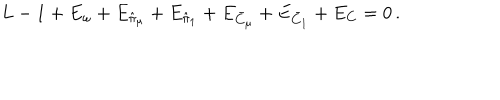
LaTeX: L - 1 + E _ { \omega } + E _ { \hat { \pi } _ { \mu } } + E _ { \hat { \pi } _ { 1 } } + E _ { \bar { C } _ { \mu } } + E _ { \bar { C } _ { 1 } } + E _ { C } = 0 \, .